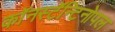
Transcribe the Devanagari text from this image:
काॅनस्टॅन्टिनोपल